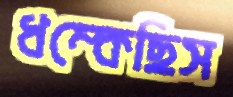
ধম্‌কেছিস